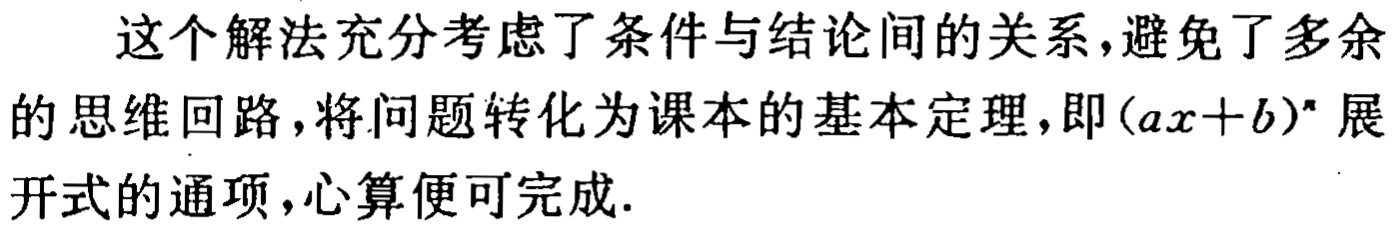
这个解法充分考虑了条件与结论间的关系，避免了多余的思维回路，将问题转化为课本的基本定理，即\((ax + b)^n\)展开式的通项，心算便可完成.